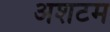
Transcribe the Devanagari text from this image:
अशटम